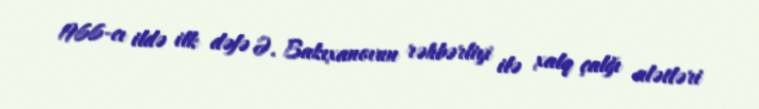
1966-cı ildə ilk dəfə Ə. Bakıxanovun rəhbərliyi ilə xalq çalğı alətləri